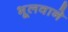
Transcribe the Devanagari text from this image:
भूलवाने